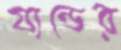
যান্ডের